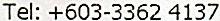
TEL: +603-3362 4137